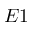
E 1